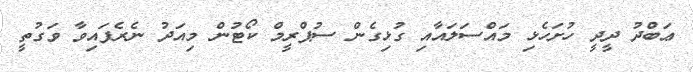
ޢަބްދު ދީދީ ހުށަހެޅި މައްސަލައާއި ގުޅިގެން ސުޕްރީމް ކޯޓުން މިއަދު ނެރެފައިވާ ވަގުތީ